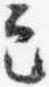
定